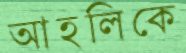
আহলিকে